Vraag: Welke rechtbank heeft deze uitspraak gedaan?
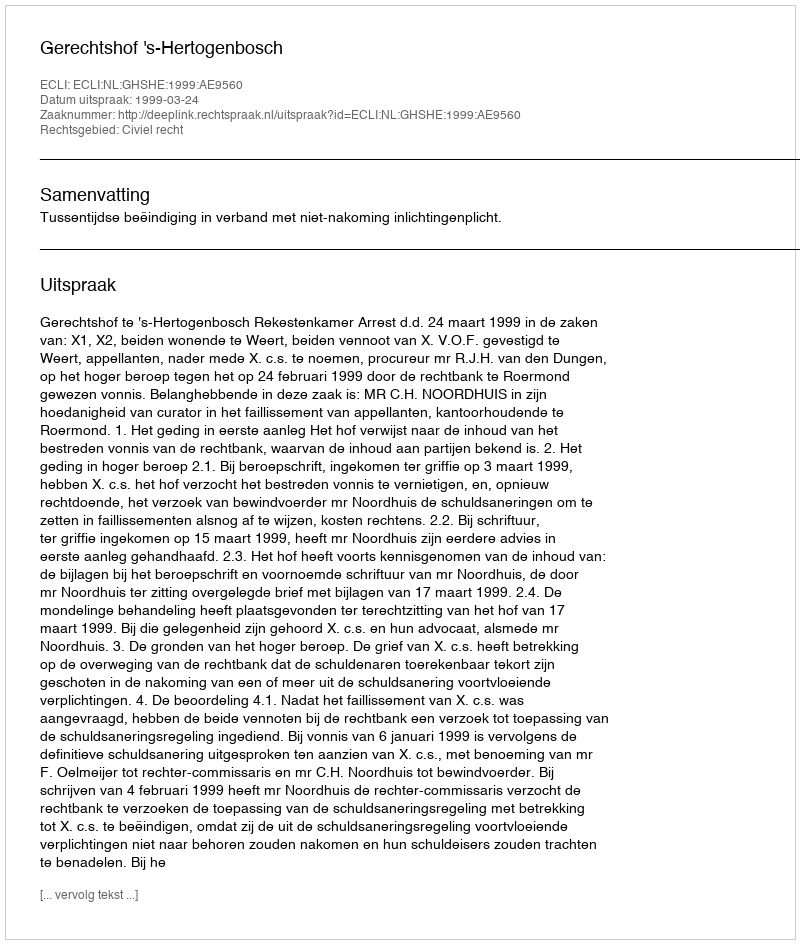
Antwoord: Gerechtshof 's-Hertogenbosch